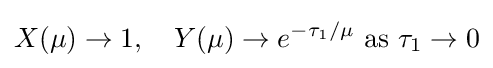
X(\mu )\rightarrow 1,\quad Y(\mu )\rightarrow e^{-\tau _{1}/\mu }\ {\text{as}}\ \tau _{1}\rightarrow 0